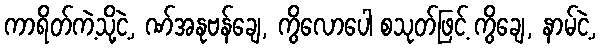
ကာရိတ်ကဲ့သို့ငဲ့, ဏ်အနုဗန်ချေ, ကွိလောပေါ စသုတ်ဖြင့် ကွိချေ, နာမ်ငဲ့,